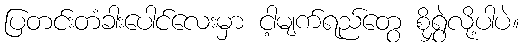
ပြတင်းတံခါးပေါင်လေးမှာ ငါ့မျက်ရည်တွေ စိုရွှဲလို့ပါပဲ။